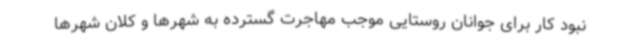
نبود کار برای جوانان روستایی موجب مهاجرت گسترده به شهرها و کلان شهرها